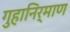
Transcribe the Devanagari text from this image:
गुहानिर्माण